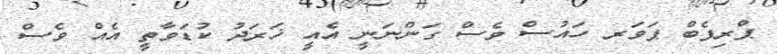
ޕްރިފެބް ޕަވަރ ހައުސް ވެސް ގަންނަނީ އެއީ ޚަރަދު ކުޑަވާތީ އެއް ވެސް